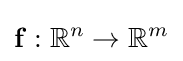
\mathbf {f} :\mathbb {R} ^{n}\to \mathbb {R} ^{m}